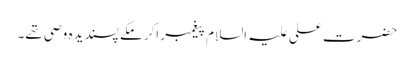
حضرت علی علیہ السلام پیغمبر اکرمکے پسندیدہ وصی تھے۔